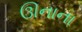
ઊનાના